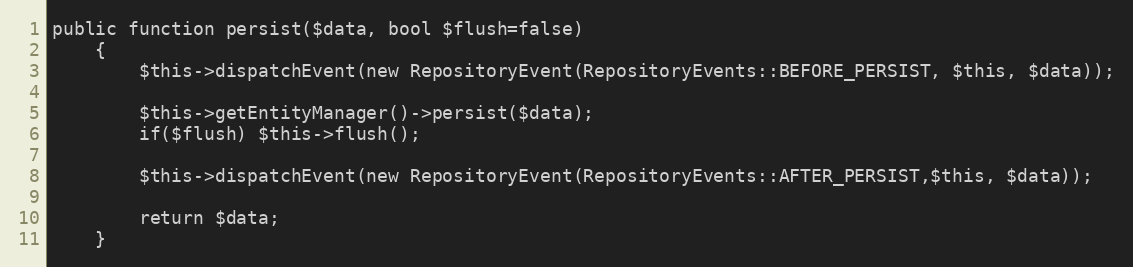
Language: PHP
public function persist($data, bool $flush=false)
    {
        $this->dispatchEvent(new RepositoryEvent(RepositoryEvents::BEFORE_PERSIST, $this, $data));

        $this->getEntityManager()->persist($data);
        if($flush) $this->flush();

        $this->dispatchEvent(new RepositoryEvent(RepositoryEvents::AFTER_PERSIST,$this, $data));

        return $data;
    }